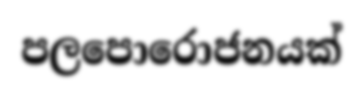
පලපොරොජනයක්